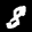
Label: 8